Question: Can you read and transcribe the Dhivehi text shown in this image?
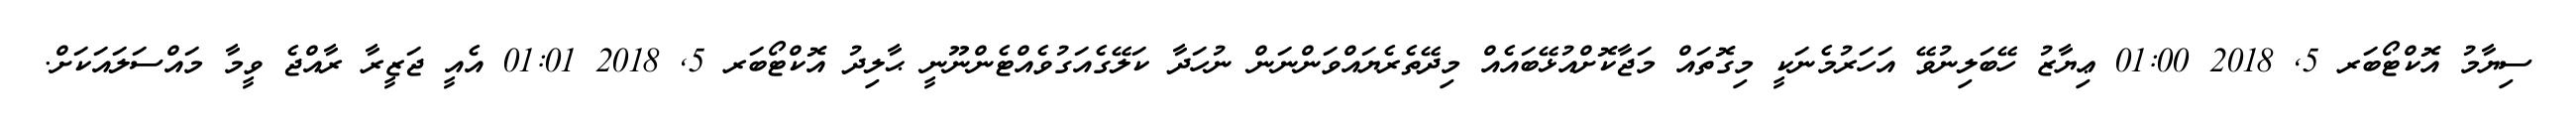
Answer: ސިޔާމު އޮކްޓޯބަރ 5, 2018 01:00 ޢިޔާޒު ހޭބަލިނުވޭ އަހަރުމެނަކީ މިގޮތައް މަޖާކޮށްއުޅޭބައެއް މިދޭތެރެޔައްވަންނަން ނުހަދާ ކަލޭގެއަގުވެއްޓެންނޫނީ ޙާލިދު އޮކްޓޯބަރ 5, 2018 01:01 އެއީ ޖަޒީރާ ރާއްޖެ ވީމާ މައްސަލައަކަށް.